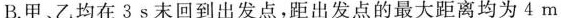
B.甲、乙均在3s末回到出发点，距出发点的最大距离均为4m